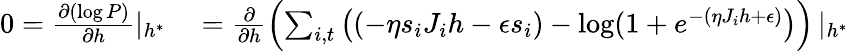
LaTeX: \begin{array}{rl}{0=\frac{\partial(\log P)}{\partial h}\left|_{h^{*}}\right.}&{{}=\frac{\partial}{\partial h}\left(\sum_{i,t}\left((-\eta s_{i}J_{i}h-\epsilon s_{i})-\log(1+e^{-(\eta J_{i}h+\epsilon)}\right)\right)\left|_{h^{*}}\right.}\end{array}